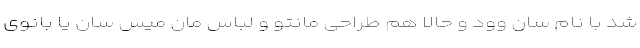
شد با نام سان وود و حالا هم طراحی مانتو و لباس‌ مان میس سان یا بانوی